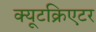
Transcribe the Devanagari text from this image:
क्यूटक्रिएटर